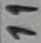
Text: 11